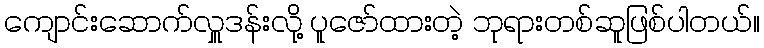
ကျောင်းဆောက်လှူဒန်းလို့ ပူဇော်ထားတဲ့ ဘုရားတစ်ဆူဖြစ်ပါတယ်။